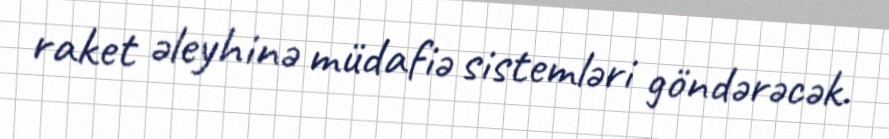
raket əleyhinə müdafiə sistemləri göndərəcək.